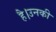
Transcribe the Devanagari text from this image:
है।उनकी